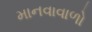
માનવાવાળો